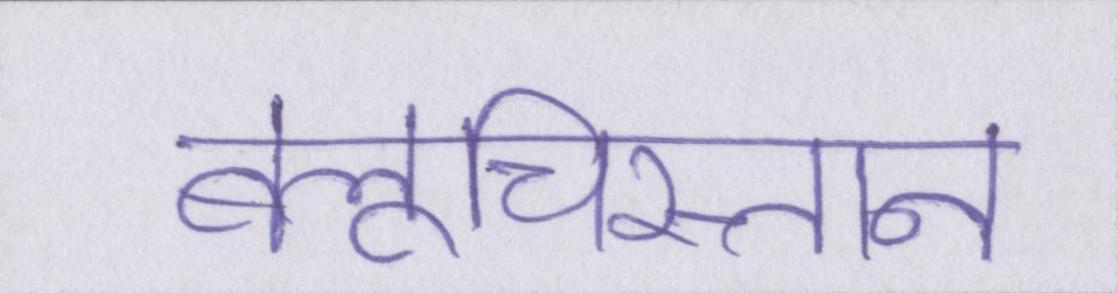
बलूचिस्तान